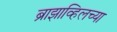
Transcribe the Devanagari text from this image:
ब्राझाव्हिलच्या